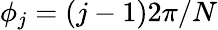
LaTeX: \phi_{j}=(j-1)2\pi/N